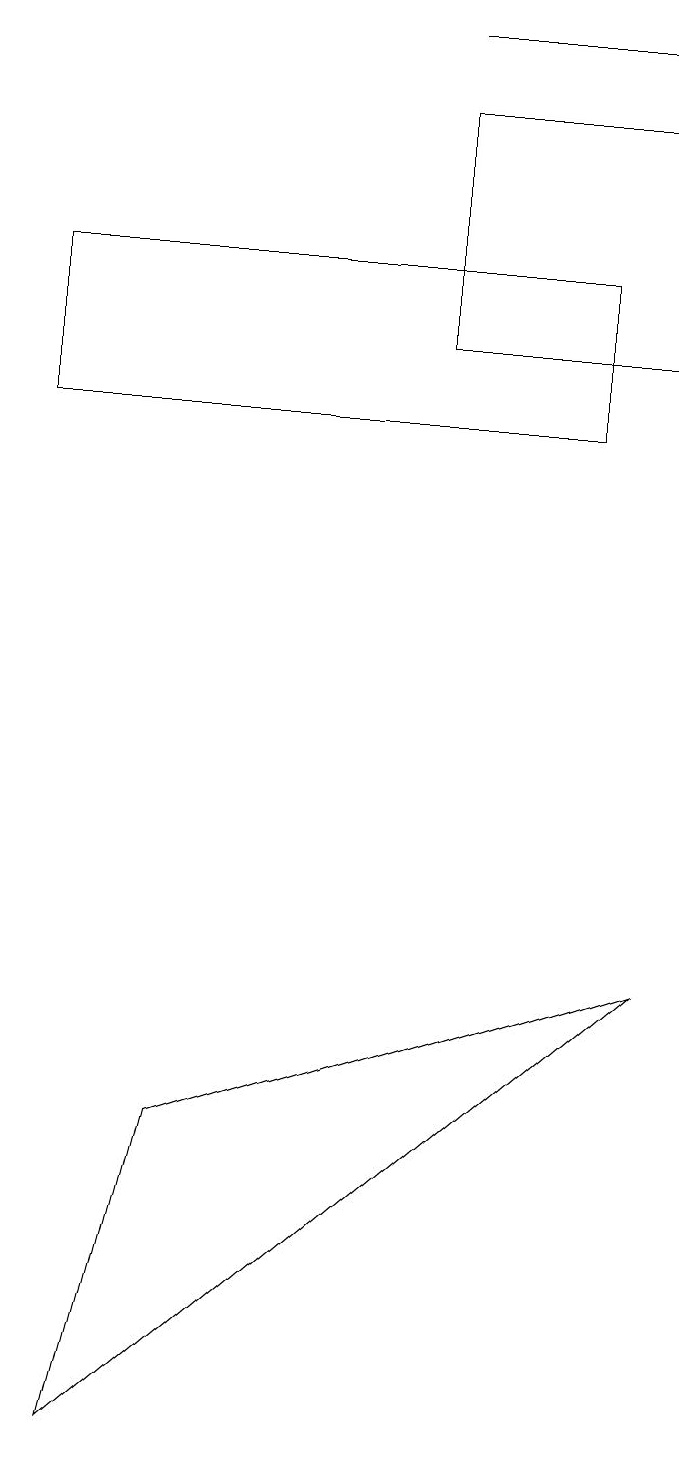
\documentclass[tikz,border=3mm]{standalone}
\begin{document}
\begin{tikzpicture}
\draw (9,6) -- (3,4) -- (2,0) -- cycle;
\draw (8,13) rectangle (1,15);
\draw (9,17) rectangle (6,14);
\draw[->] (6,18) -- (9,18);
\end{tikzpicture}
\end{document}